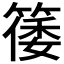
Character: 𬕥